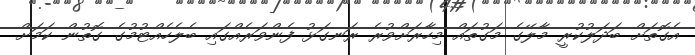
އެގޮތަށް ބަދަލުކުރީ މާލޭގެ މަގުތައް މިހާރަށްވުރެ ރަނގަޅު ފެންވަރެއްގައި ބެލެހެއްޓުމުގެ ގޮތުން ކަމަށް